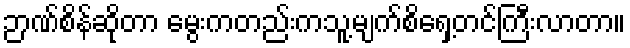
ဉာဏ်စိန်ဆိုတာ မွေးကတည်းကသူ့မျက်စိရှေ့တင်ကြီးလာတာ။